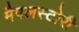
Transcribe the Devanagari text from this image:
मैपलस्टोरी